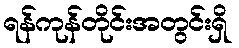
ရန်ကုန်တိုင်းအတွင်းရှိ